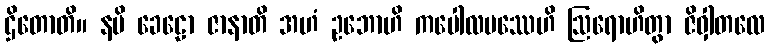
ဌိတောတိ။ နပိ ခေဠော ဇာနာတိ အဟံ ဥဘောဟိ ကပေါလပဿေဟိ ဩရောဟိတွာ ဇိဝှါတလေ